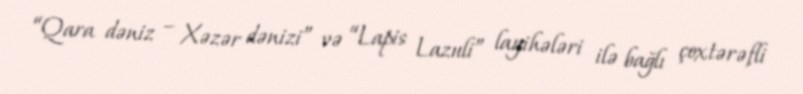
“Qara dəniz – Xəzər dənizi” və “Lapis Lazuli” layihələri ilə bağlı çoxtərəfli